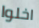
اخلوا